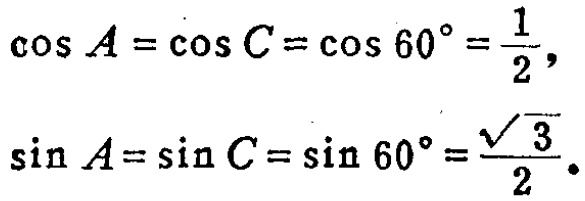
\[\cos A = \cos C = \cos 60^{\circ}=\frac{1}{2},\]
\[\sin A = \sin C = \sin 60^{\circ}=\frac{\sqrt{3}}{2}.\]